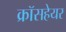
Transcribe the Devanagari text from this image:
क्रॉसहेयर